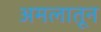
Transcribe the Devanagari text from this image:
अमलातून